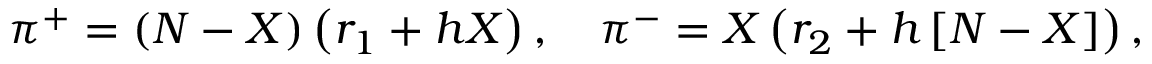
\pi ^ { + } = \left( N - X \right) \left( r _ { 1 } + h X \right) , \quad \pi ^ { - } = X \left( r _ { 2 } + h \left[ N - X \right] \right) ,